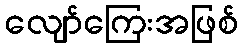
လျော်ကြေးအဖြစ်